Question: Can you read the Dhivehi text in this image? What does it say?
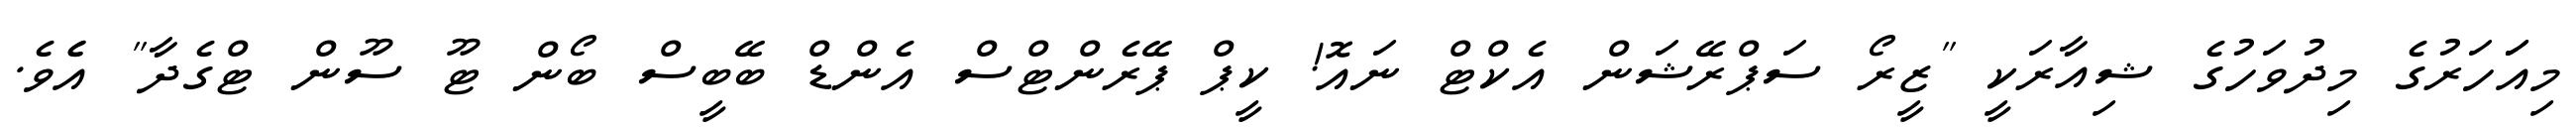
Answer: މިއަަހަރުގެ މިދުވަހުގެ ޝިއާރަކީ "ޒީރޯ ސަޕްރޭޝަން އެކްޓް ނައޮ! ކީޕް ޕޭރެންޓްސް އެންޑް ބޭބީސް ބޯން ޓޫ ސޫން ޓްގެދާ" އެެވެ.